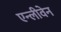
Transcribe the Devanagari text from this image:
एन्लीवेन